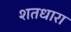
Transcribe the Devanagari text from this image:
शतधारा